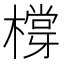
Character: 橕